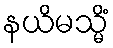
နယိမသ္မိံ